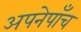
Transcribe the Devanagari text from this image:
अपनेपाँच